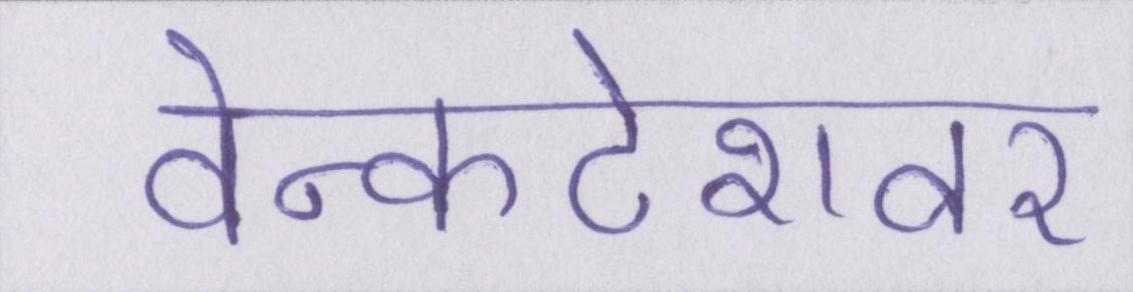
वेन्कटेशवर